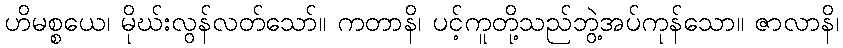
ဟိမစ္စယေ၊ မိုဃ်းလွန်လတ်သော်။ ကတာနိ၊ ပင့်ကူတို့သည်ဘွဲ့အပ်ကုန်သော။ ဇာလာနိ၊